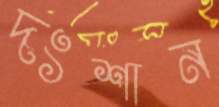
দংশান